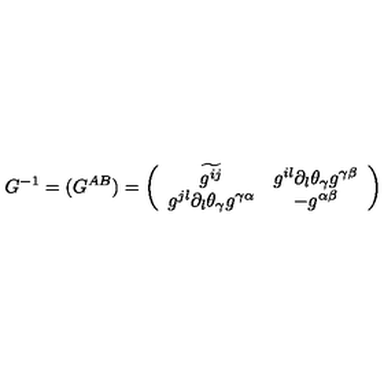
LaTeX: G ^ { - 1 } = ( G ^ { A B } ) = \left( \begin{array} { c c } { \widetilde { { g } ^ { i j } } } & { g ^ { i l } \partial _ { l } \theta _ { \gamma } g ^ { \gamma \beta } } \\ { g ^ { j l } \partial _ { l } \theta _ { \gamma } g ^ { \gamma \alpha } } & { - g ^ { \alpha \beta } } \\ \end{array} \right)